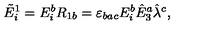
\tilde { E } _ { i } ^ { 1 } = E _ { i } ^ { b } R _ { 1 b } = \varepsilon _ { b a c } E _ { i } ^ { b } \hat { E } _ { 3 } ^ { a } \hat { \lambda } ^ { c } ,